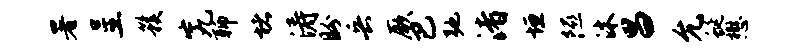
署呈簇究聊堵涛盼兵厥巴弛渚垣隰沐昌允蜒懋